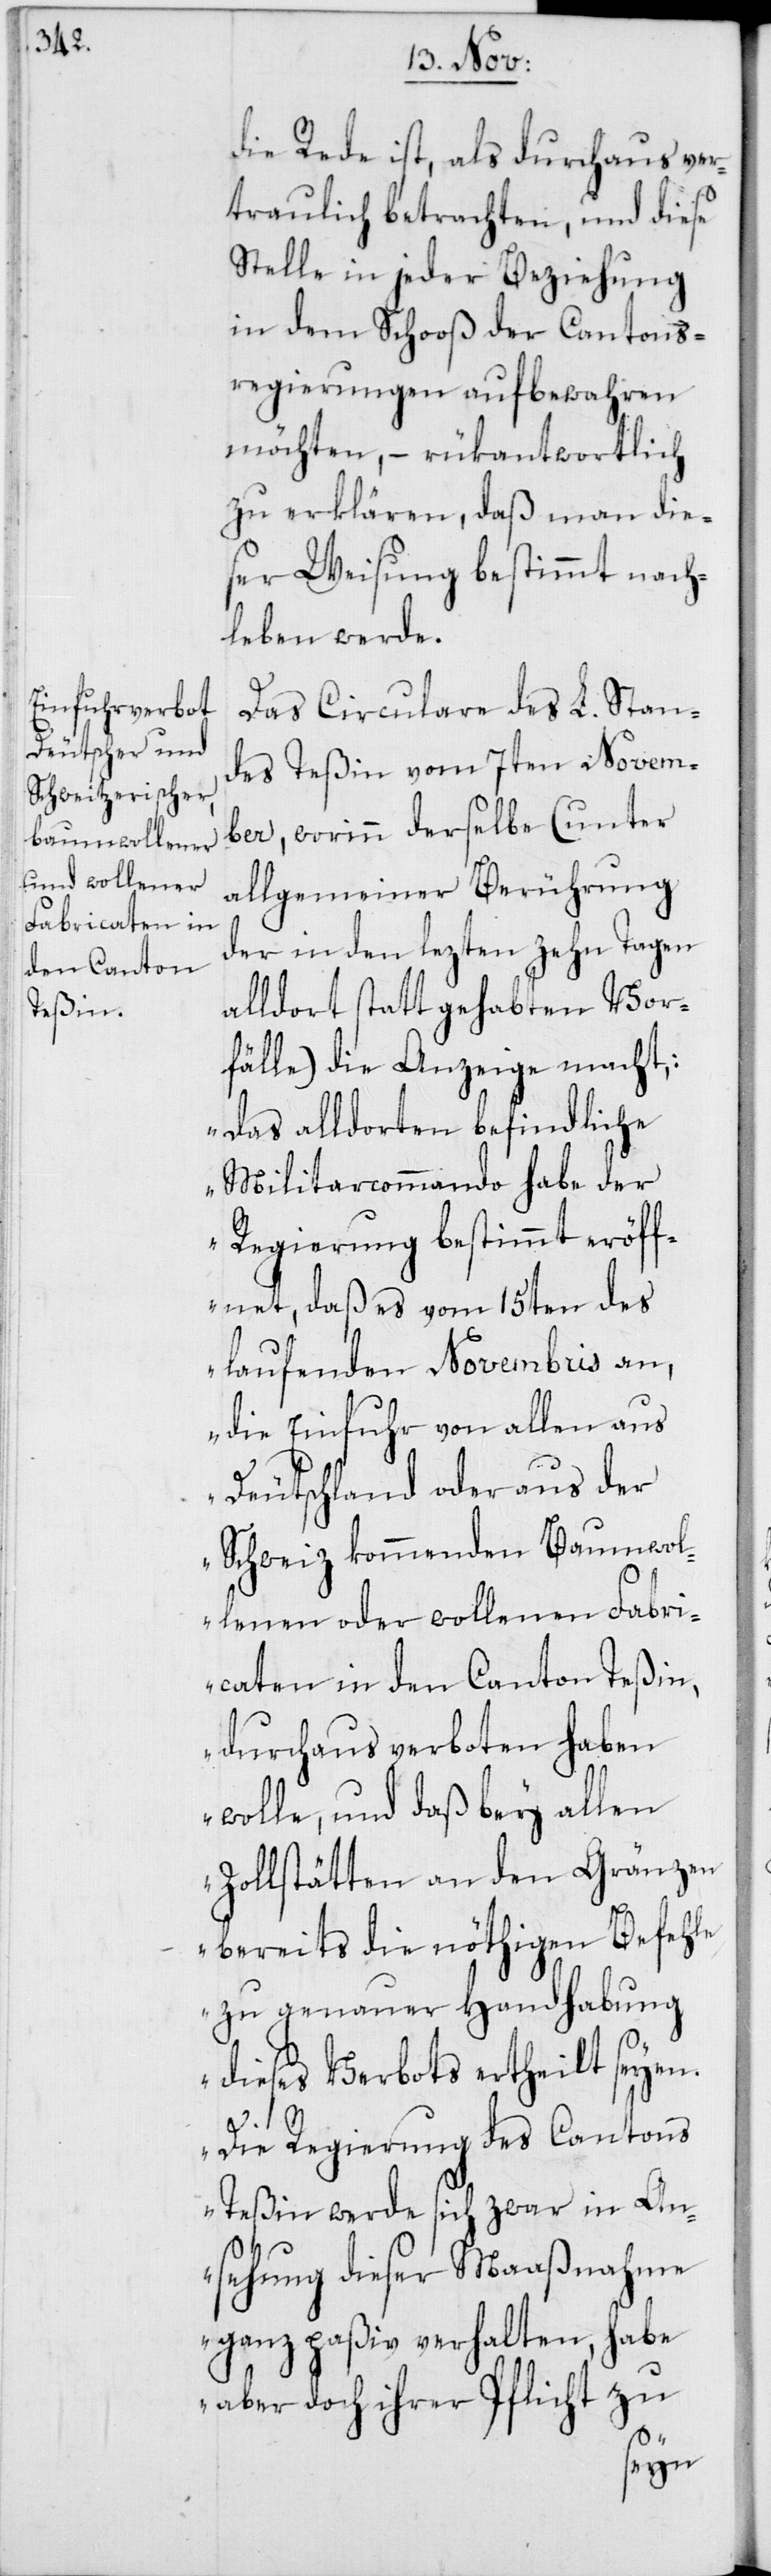
die Rede ist, als durchaus ver¬
traulich betrachten, und diese
Stelle in jeder Beziehung
in dem Schooß der Cantons¬
regierungen aufbewahren
möchten, – rükantwortlich
zu erklären, daß man die¬
ser Weisung bestimmt nach¬
leben werde.
Das Circulare des L. Stan¬
des Teßin vom 7ten Novem¬
ber, worinn derselbe (unter
allgemeiner Berührung
der in den lezten zehn Tagen
alldort stattgehabten Vor¬
fälle) die Anzeige macht,:
„Das alldorten befindliche
Militarcommando habe der
Regierung bestimmt eröff¬
net, daß es vom 15ten des
laufenden Novembris an,
die Einfuhr von allen aus
Deutschland oder aus der
Schweiz kommenden Baumwol¬
lenen oder wollenen Fabri¬
caten in den Canton Teßin,
durchaus verboten haben
wolle, und daß bey allen
Zollstätten an den Gränzen
bereits die nöthigen Befehle
zu genauer Handhabung
dieses Verbots ertheilt seyen.
Die Regierung des Cantons
Teßin werde sich zwar in An¬
sehung dieser Maaßnahme
ganz paßiv verhalten, habe
aber doch ihrer Pflicht zu